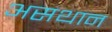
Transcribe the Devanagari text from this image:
असथान